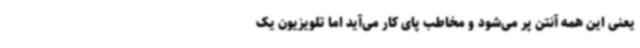
یعنی این همه آنتن پر می‌شود و مخاطب پای کار می‌آید اما تلویزیون یک